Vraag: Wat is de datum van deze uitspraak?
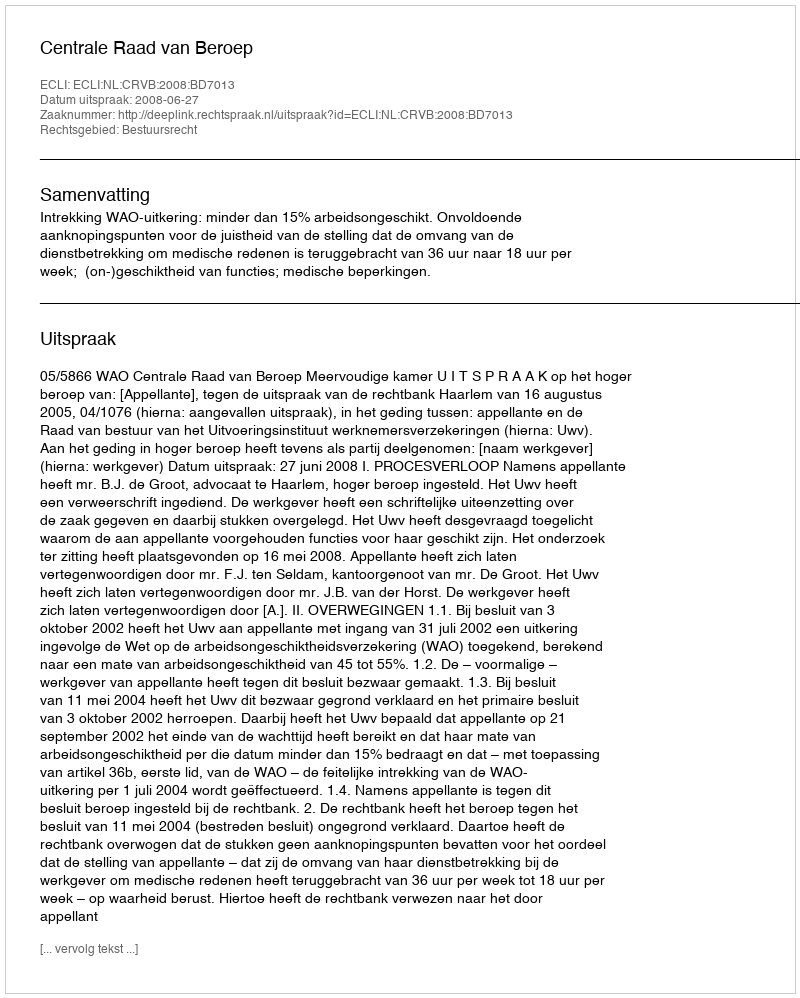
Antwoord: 2008-06-27